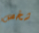
شخص